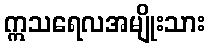
ဣသရေလအမျိုးသား